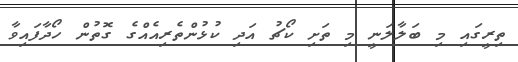
ތިރީގައި މި ބަލާލަނީ މި ތަށި ކޯޗު އަދި ކުޅުންތެރިއެއްގެ ގޮތުން ހޯދާފައިވާ